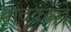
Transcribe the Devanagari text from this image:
पादूकांचे